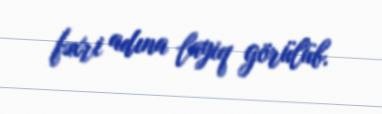
fəxri adına layiq görülüb.